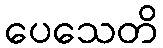
ပေသေတိ